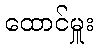
ထောင်မှူး